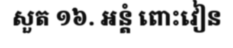
សួត ១៦. អន្តំ ពោះវៀន